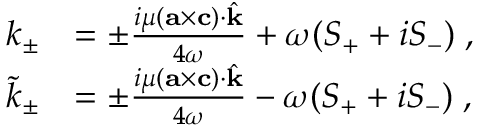
\begin{array} { r l } { k _ { \pm } } & { = \pm \frac { i \mu ( { \bf { a } } \times { \bf { c } } ) \cdot \hat { \bf { k } } } { 4 \omega } + \omega ( S _ { + } + i S _ { - } ) \; , } \\ { \tilde { k } _ { \pm } } & { = \pm \frac { i \mu ( { \bf { a } } \times { \bf { c } } ) \cdot \hat { \bf { k } } } { 4 \omega } - \omega ( S _ { + } + i S _ { - } ) \; , } \end{array}